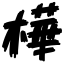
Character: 樺